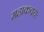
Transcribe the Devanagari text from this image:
महाकवयः